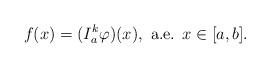
LaTeX: \begin{align*}f(x)=(I_a^k \varphi)(x),\mbox{ a.e. } x\in [a,b].\end{align*}